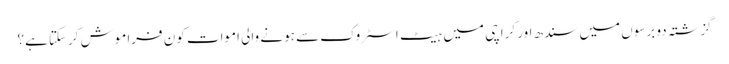
گزشتہ دو برسوں میں سندھ اور کراچی میں ہیٹ اسٹروک سے ہونے والی اموات کون فراموش کرسکتا ہے؟